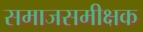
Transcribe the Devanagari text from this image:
समाजसमीक्षक